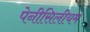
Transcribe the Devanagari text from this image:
पेनीसिलीयम